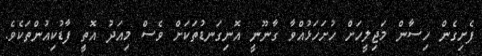
ފެށިގެން ހިސާން މަޖިލީހަށް ހުށަހަޅުއްވާ ގާނޫނީ އޮނިގަނޑުތަކަށް ވެސް މިއަދު އޮތީ ފާޑުކިއުންތަކެވެ.